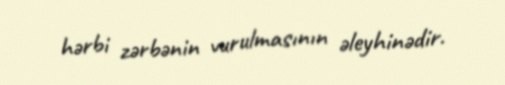
hərbi zərbənin vurulmasının əleyhinədir.